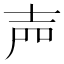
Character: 𡔝